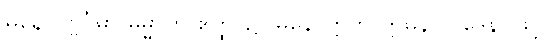
မနောပုဗ္ဗင်္ဂမာ ဓမ္မာတိ ဧတ္ထ၊ ၌။ မနောဣတိ ဣမိနာ ပဒေန၊ ဖြင့်။